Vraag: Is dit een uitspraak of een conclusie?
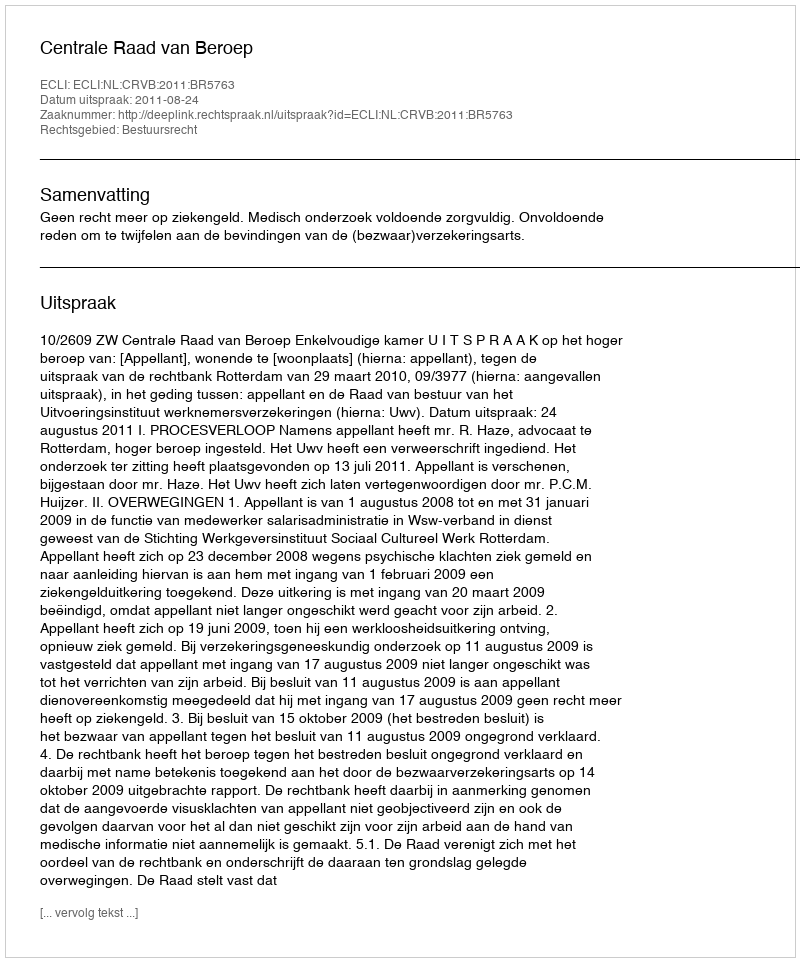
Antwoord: Uitspraak